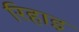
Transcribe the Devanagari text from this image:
रिहाइ